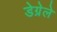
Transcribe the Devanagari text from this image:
डेग्रेले